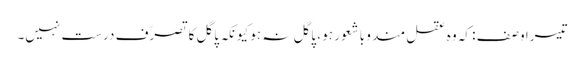
تیسرا وصف : کہ وہ عقل مند و باشعور ہو ، پاگل نہ ہو کیونکہ پاگل کا تصرّف درست نہیں۔